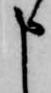
申